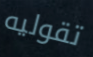
تقوليه